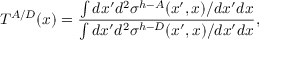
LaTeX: T ^ { A / D } ( x ) = \frac { \int d x ^ { \prime } d ^ { 2 } \sigma ^ { h - A } ( x ^ { \prime } , x ) / d x ^ { \prime } d x } { \int d x ^ { \prime } d ^ { 2 } \sigma ^ { h - D } ( x ^ { \prime } , x ) / d x ^ { \prime } d x } ,